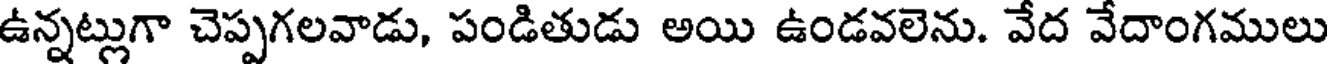
ఉన్నట్లుగా చెప్పగలవాడు, పండితుడు అయి ఉండవలెను. వేద వేదాంగములు